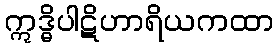
ဣဒ္ဓိပါဋိဟာရိယကထာ